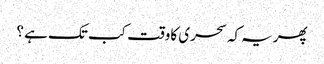
پھریہ کہ سحری کاوقت کب تک ہے ؟